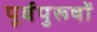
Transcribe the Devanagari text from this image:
पूर्वपुरूषों